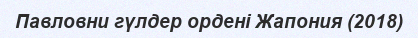
Павловни гүлдер ордені Жапония (2018)